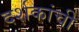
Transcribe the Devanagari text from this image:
दर्शकांची